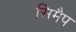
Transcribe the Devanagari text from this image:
सिमैप